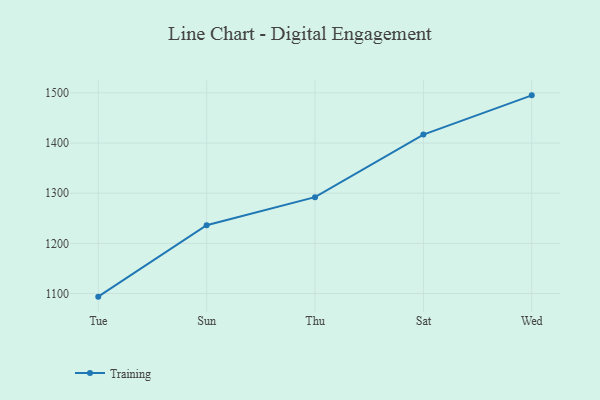
{"axis": {"x": "Day", "y": "Bounce Rate (%)"}, "legend": ["Training"], "data": [{"x": "Tue", "y": 1093.8, "type": "Training"}, {"x": "Sun", "y": 1236.2, "type": "Training"}, {"x": "Thu", "y": 1292.1, "type": "Training"}, {"x": "Sat", "y": 1416.8, "type": "Training"}, {"x": "Wed", "y": 1495.0, "type": "Training"}]}